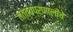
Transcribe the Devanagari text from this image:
तत्त्वप्रणालीचे